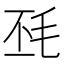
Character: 𣬾